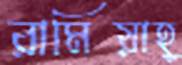
রামিয়াহ্